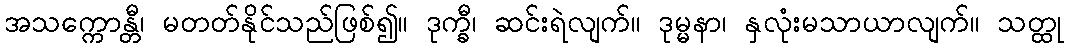
အသက္ကောန္တီ၊ မတတ်နိုင်သည်ဖြစ်၍။ ဒုက္ခီ၊ ဆင်းရဲလျက်။ ဒုမ္မနာ၊ နှလုံးမသာယာလျက်။ သတ္ထု